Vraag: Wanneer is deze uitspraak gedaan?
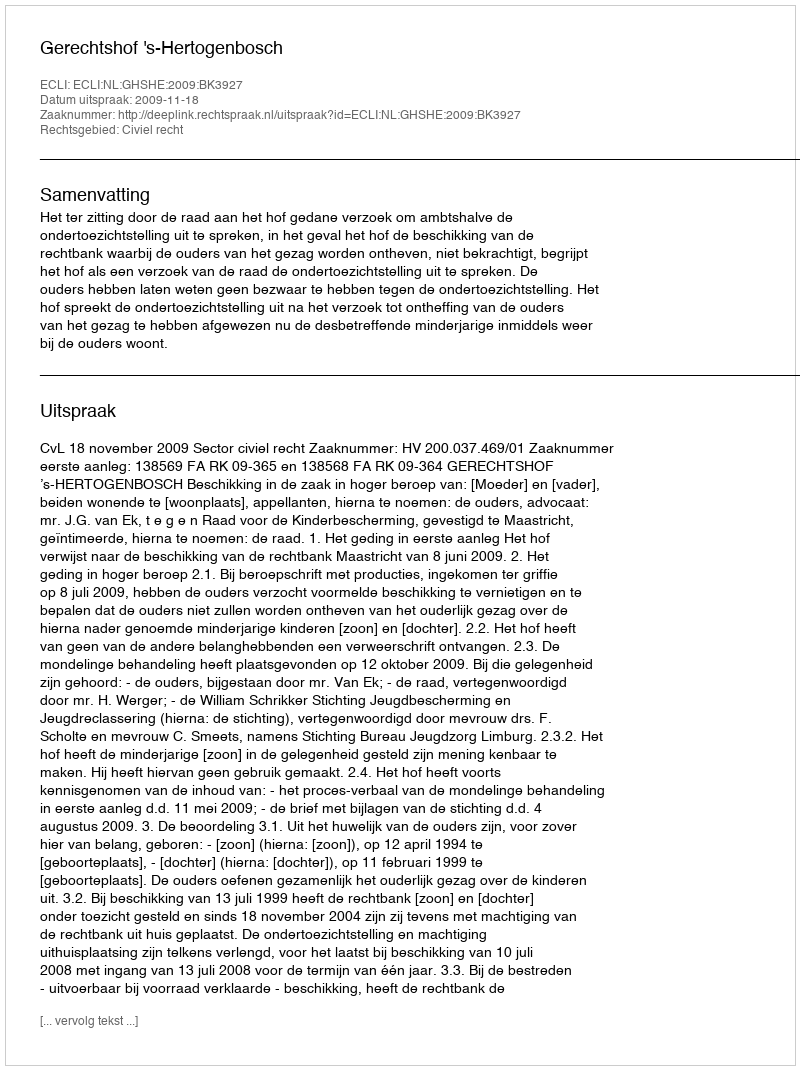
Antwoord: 2009-11-18